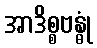
အာဒိစ္စဗန္ဓုံ